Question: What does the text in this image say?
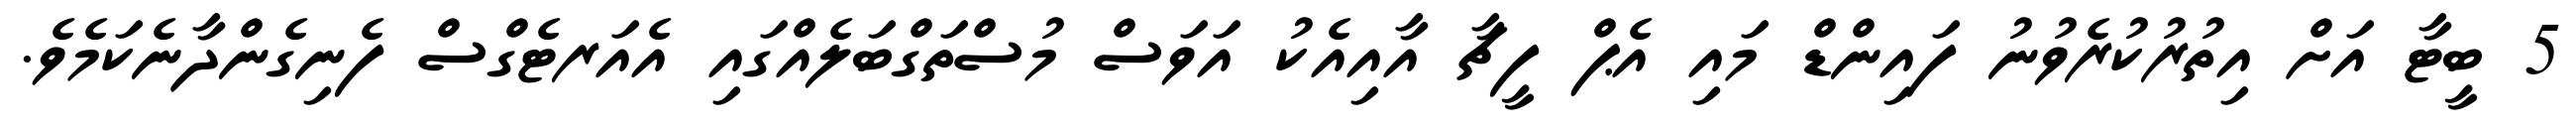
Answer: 5 ބީޓާ އަށް އިތުރުކުރެވުނު ފައިންޑް މައި އެޕް ފީޗާ އާއިއެކު އަވަސް މުސްތަގްބަލެއްގައި އެއަރޓެގްސް ފެނިގެންދާނެކަމެވެ.